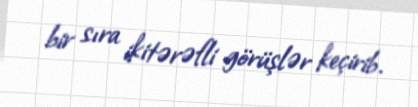
bir sıra ikitərəfli görüşlər keçirib.